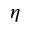
\boldsymbol { \eta }